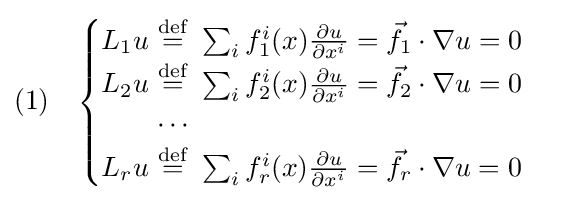
(1)\quad {\begin{cases}L_{1}u\ {\stackrel {\mathrm {def} }{=}}\ \sum _{i}f_{1}^{i}(x){\frac {\partial u}{\partial x^{i}}}={\vec {f}}_{1}\cdot \nabla u=0\\L_{2}u\ {\stackrel {\mathrm {def} }{=}}\ \sum _{i}f_{2}^{i}(x){\frac {\partial u}{\partial x^{i}}}={\vec {f}}_{2}\cdot \nabla u=0\\\qquad \cdots \\L_{r}u\ {\stackrel {\mathrm {def} }{=}}\ \sum _{i}f_{r}^{i}(x){\frac {\partial u}{\partial x^{i}}}={\vec {f}}_{r}\cdot \nabla u=0\end{cases}}